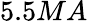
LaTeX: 5.5MA